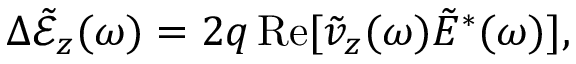
\Delta \tilde { \mathcal { E } } _ { z } ( \omega ) = 2 q \, \mathrm { R e } [ \tilde { v } _ { z } ( \omega ) \tilde { E } ^ { * } ( \omega ) ] ,